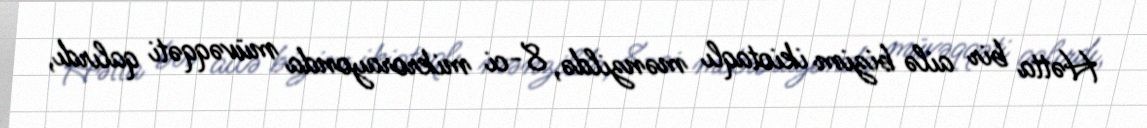
Hətta bir ailə bizim ikiotaqlı mənzildə, 8-ci mikrorayonda müvəqqəti qalırdı,